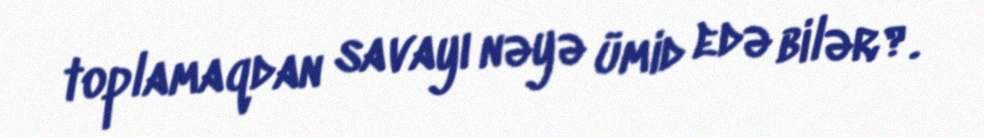
toplamaqdan savayı nəyə ümid edə bilər?.